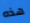
هذه